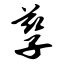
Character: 孳